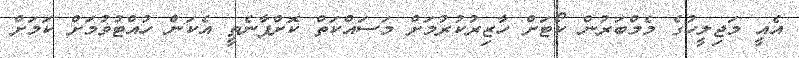
އެއީ މަޖިލީހުގެ މެމްބަރުން ކޯޓަށް ހާޒިރުކުރުމަށް މަސައްކަތް ކޮށްފާނެތީ އެކަން ހުއްޓުވުމަށް ކަމަށް